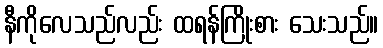
နီကိုလေသည်လည်း ထရန်ကြိုးစား သေးသည်။